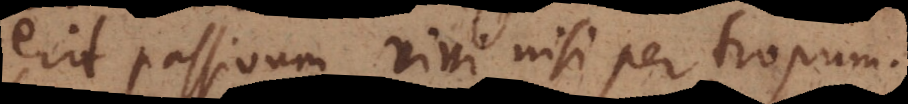
erit passivum vivi nisi per tropum.